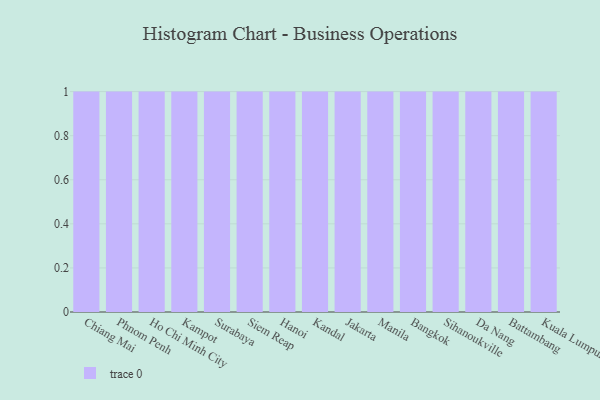
{"axis": {"x": "City", "y": "Churn Rate (%)"}, "legend": [""], "data": [{"x": "Chiang Mai", "y": 38, "type": ""}, {"x": "Phnom Penh", "y": 68, "type": ""}, {"x": "Ho Chi Minh City", "y": 18, "type": ""}, {"x": "Kampot", "y": 95, "type": ""}, {"x": "Surabaya", "y": 97, "type": ""}, {"x": "Siem Reap", "y": 76, "type": ""}, {"x": "Hanoi", "y": 49, "type": ""}, {"x": "Kandal", "y": 72, "type": ""}, {"x": "Jakarta", "y": 53, "type": ""}, {"x": "Manila", "y": 49, "type": ""}, {"x": "Bangkok", "y": 18, "type": ""}, {"x": "Sihanoukville", "y": 97, "type": ""}, {"x": "Da Nang", "y": 27, "type": ""}, {"x": "Battambang", "y": 41, "type": ""}, {"x": "Kuala Lumpur", "y": 78, "type": ""}]}